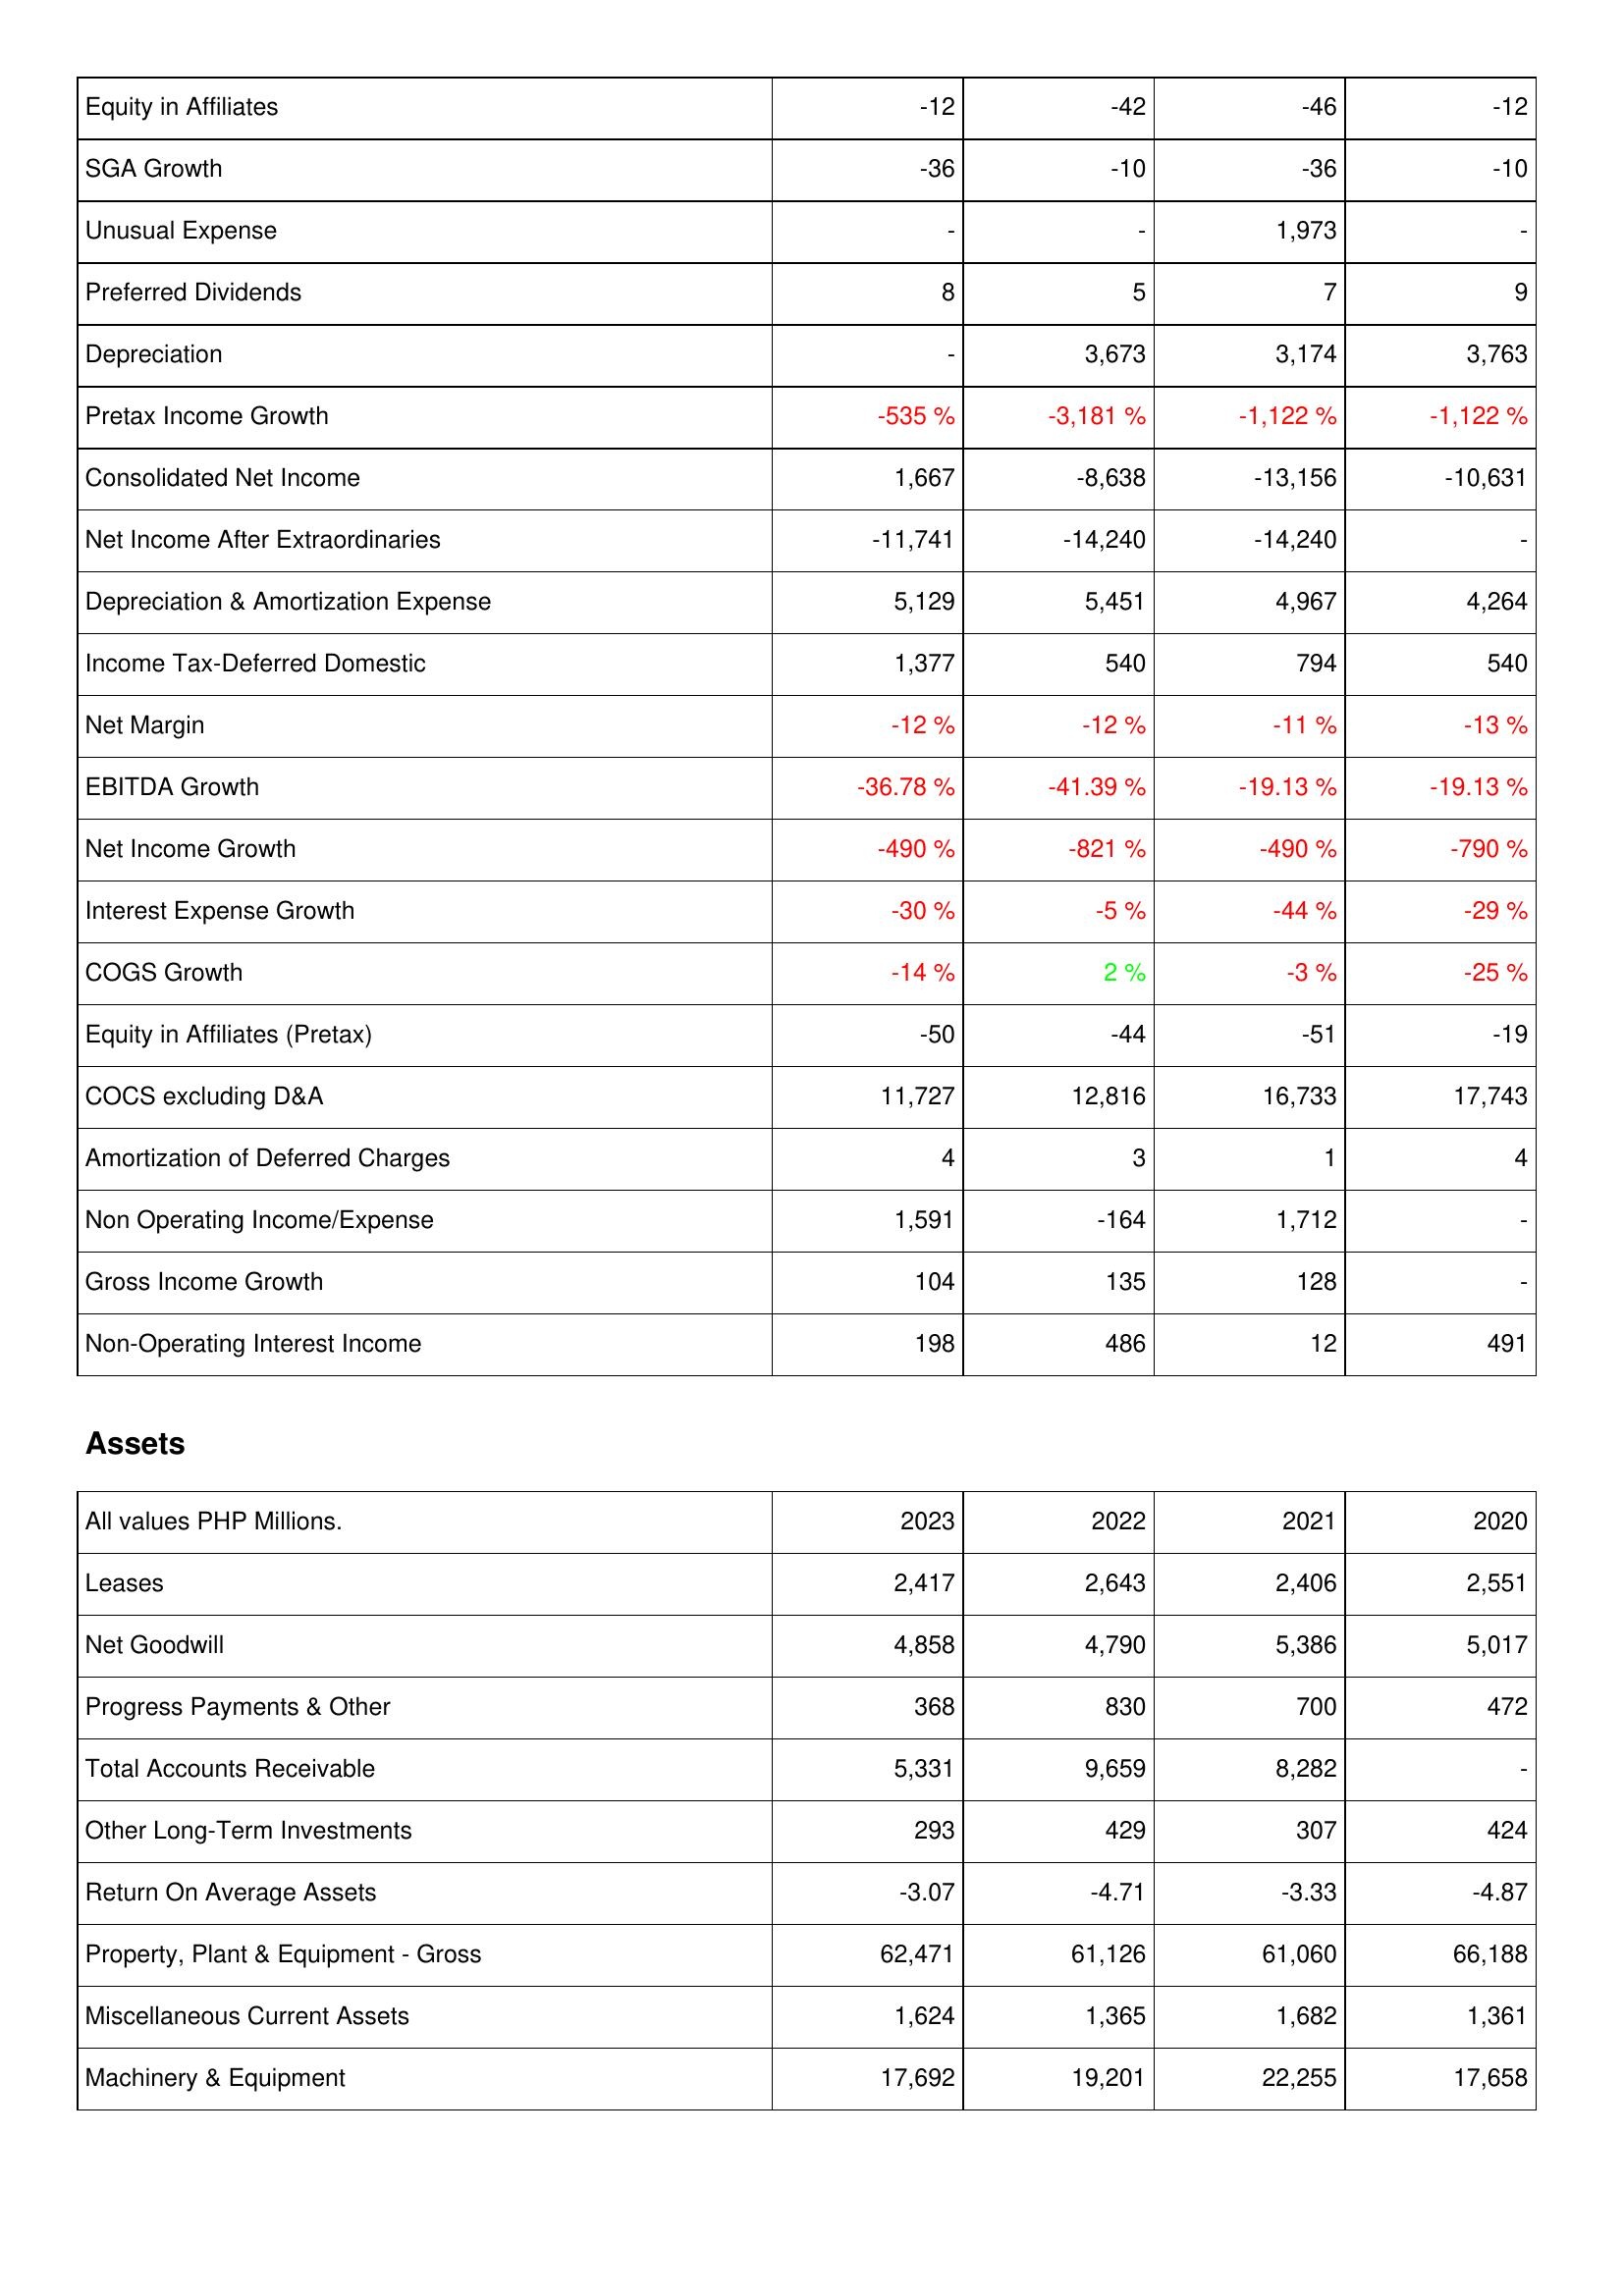
2023: Income Statement: Equity in Affiliates: -12
SGA Growth: -36
Unusual Expense: -
Preferred Dividends: 8
Depreciation: -
Pretax Income Growth: -535 %
Consolidated Net Income: 1,667
Net Income After Extraordinaries: -11,741
Depreciation & Amortization Expense: 5,129
Income Tax-Deferred Domestic: 1,377
Net Margin: -12 %
EBITDA Growth: -36.78 %
Net Income Growth: -490 %
Interest Expense Growth: -30 %
COGS Growth: -14 %
Equity in Affiliates (Pretax): -50
COCS excluding D&A: 11,727
Amortization of Deferred Charges: 4
Non Operating Income/Expense: 1,591
Gross Income Growth: 104
Non-Operating Interest Income: 198
Assets: Leases: 2,417
Net Goodwill: 4,858
Progress Payments & Other: 368
Total Accounts Receivable: 5,331
Other Long-Term Investments: 293
Return On Average Assets: -3.07
Property, Plant & Equipment - Gross: 62,471
Miscellaneous Current Assets: 1,624
Machinery & Equipment: 17,692
2022: Income Statement: Equity in Affiliates: -42
SGA Growth: -10
Unusual Expense: -
Preferred Dividends: 5
Depreciation: 3,673
Pretax Income Growth: -3,181 %
Consolidated Net Income: -8,638
Net Income After Extraordinaries: -14,240
Depreciation & Amortization Expense: 5,451
Income Tax-Deferred Domestic: 540
Net Margin: -12 %
EBITDA Growth: -41.39 %
Net Income Growth: -821 %
Interest Expense Growth: -5 %
COGS Growth: 2 %
Equity in Affiliates (Pretax): -44
COCS excluding D&A: 12,816
Amortization of Deferred Charges: 3
Non Operating Income/Expense: -164
Gross Income Growth: 135
Non-Operating Interest Income: 486
Assets: Leases: 2,643
Net Goodwill: 4,790
Progress Payments & Other: 830
Total Accounts Receivable: 9,659
Other Long-Term Investments: 429
Return On Average Assets: -4.71
Property, Plant & Equipment - Gross: 61,126
Miscellaneous Current Assets: 1,365
Machinery & Equipment: 19,201
2021: Income Statement: Equity in Affiliates: -46
SGA Growth: -36
Unusual Expense: 1,973
Preferred Dividends: 7
Depreciation: 3,174
Pretax Income Growth: -1,122 %
Consolidated Net Income: -13,156
Net Income After Extraordinaries: -14,240
Depreciation & Amortization Expense: 4,967
Income Tax-Deferred Domestic: 794
Net Margin: -11 %
EBITDA Growth: -19.13 %
Net Income Growth: -490 %
Interest Expense Growth: -44 %
COGS Growth: -3 %
Equity in Affiliates (Pretax): -51
COCS excluding D&A: 16,733
Amortization of Deferred Charges: 1
Non Operating Income/Expense: 1,712
Gross Income Growth: 128
Non-Operating Interest Income: 12
Assets: Leases: 2,406
Net Goodwill: 5,386
Progress Payments & Other: 700
Total Accounts Receivable: 8,282
Other Long-Term Investments: 307
Return On Average Assets: -3.33
Property, Plant & Equipment - Gross: 61,060
Miscellaneous Current Assets: 1,682
Machinery & Equipment: 22,255
2020: Income Statement: Equity in Affiliates: -12
SGA Growth: -10
Unusual Expense: -
Preferred Dividends: 9
Depreciation: 3,763
Pretax Income Growth: -1,122 %
Consolidated Net Income: -10,631
Net Income After Extraordinaries: -
Depreciation & Amortization Expense: 4,264
Income Tax-Deferred Domestic: 540
Net Margin: -13 %
EBITDA Growth: -19.13 %
Net Income Growth: -790 %
Interest Expense Growth: -29 %
COGS Growth: -25 %
Equity in Affiliates (Pretax): -19
COCS excluding D&A: 17,743
Amortization of Deferred Charges: 4
Non Operating Income/Expense: -
Gross Income Growth: -
Non-Operating Interest Income: 491
Assets: Leases: 2,551
Net Goodwill: 5,017
Progress Payments & Other: 472
Total Accounts Receivable: -
Other Long-Term Investments: 424
Return On Average Assets: -4.87
Property, Plant & Equipment - Gross: 66,188
Miscellaneous Current Assets: 1,361
Machinery & Equipment: 17,658